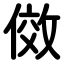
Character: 傚